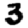
Digit: 3